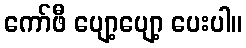
ကော်ဖီ ပျော့ပျော့ ပေးပါ။